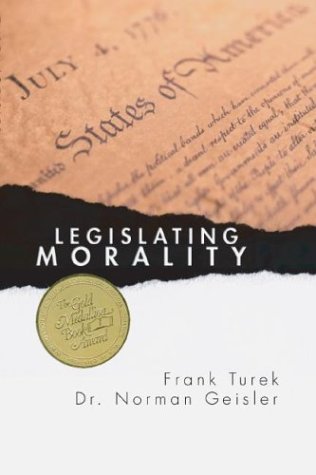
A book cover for Legislating Morality: Is It Wise? Is It Legal? Is It Possible?; Norman Geisler; Law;